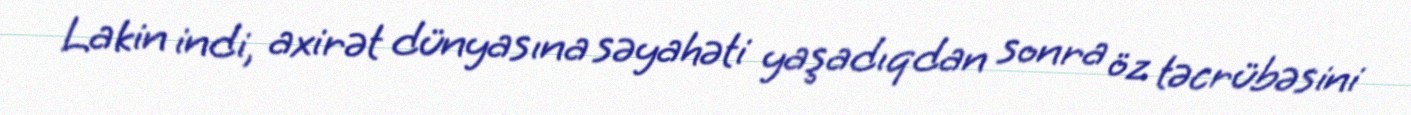
Lakin indi, axirət dünyasına səyahəti yaşadıqdan sonra öz təcrübəsini